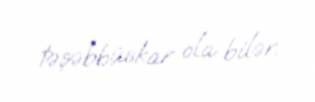
təşəbbüskar ola bilər.